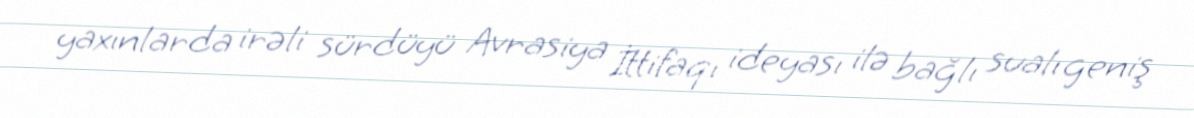
yaxınlarda irəli sürdüyü Avrasiya İttifaqı ideyası ilə bağlı sualı geniş